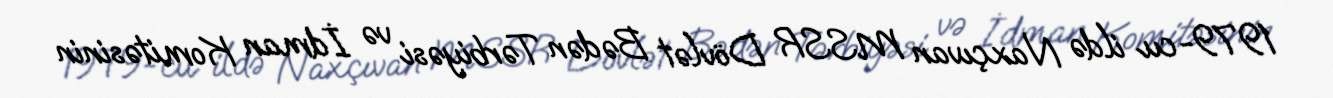
1979-cu ildə Naxçıvan MSSR Dövlət Bədən Tərbiyəsi və İdman Komitəsinin